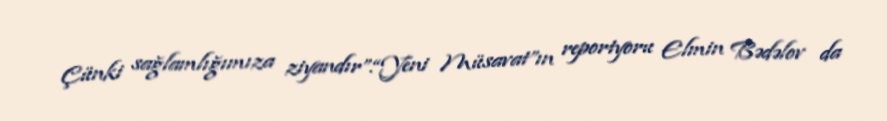
Çünki sağlamlığımıza ziyandır”.“Yeni Müsavat”ın reportyoru Elmin Bədəlov da